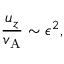
\frac { u _ { z } } { v _ { \mathrm { A } } } \sim \epsilon ^ { 2 } ,